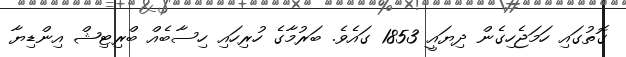
ގޮތުގައި ހަމަޖެހިގެން ދިޔައީ 1853 ގައެވެ. ބަރުމާގެ ހުރިހައި ހިސާބެއް ބްރިޓިޝް އިންޑިޔާ